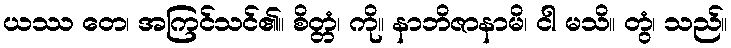
ယဿ တေ၊ အကြင်သင်၏။ စိတ္တံ၊ ကို။ နာဘိဇာနာမိ၊ ငါ မသိ။ တွံ၊ သည်။